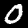
Digit: 0